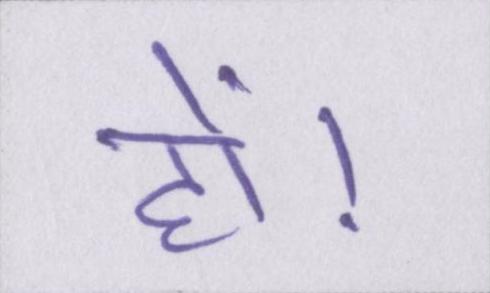
हों।